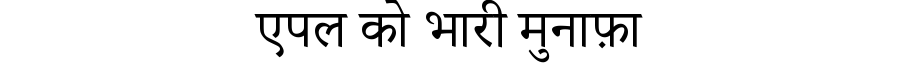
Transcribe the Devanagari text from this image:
एपल को भारी मुनाफ़ा